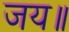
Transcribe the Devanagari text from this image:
जय॥